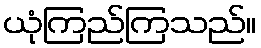
ယုံကြည်ကြသည်။